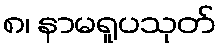
၈၊ နာမရူပသုတ်